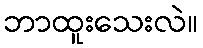
ဘာထူးသေးလဲ။